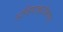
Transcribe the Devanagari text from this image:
अविषाक्तीकरणृ